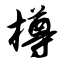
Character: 樽